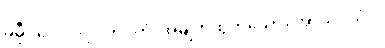
မမှီဝဲလေလင့်။ ကုပိတံ၊ အမျက်ထွက်သော။ အာသိဝိသံဝ၊